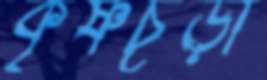
কৃষ্ণচূঁড়া